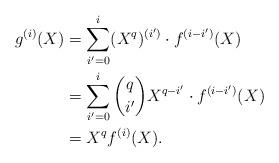
LaTeX: \begin{align*}g^{(i)}(X) &= \sum_{i' = 0}^i (X^{q})^{(i')} \cdot f^{(i-i')}(X)\\&= \sum_{i' = 0}^i {q \choose i'}X^{q-i'} \cdot f^{(i-i')}(X)\\&= X^{q} f^{(i)}(X).\end{align*}